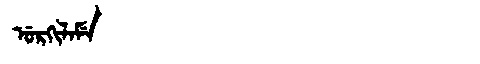
Manchu: ᡠᡵᡴᡳᠯᠠᠮᡝ
Romanization: URKILAME